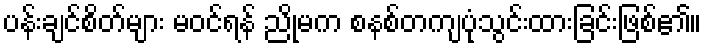
ပန်းချင်စိတ်များ မဝင်ရန် ညိုမက စနစ်တကျပုံသွင်းထားခြင်းဖြစ်၏။